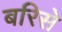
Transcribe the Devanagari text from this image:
बरिसे